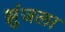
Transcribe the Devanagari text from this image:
झुंजला